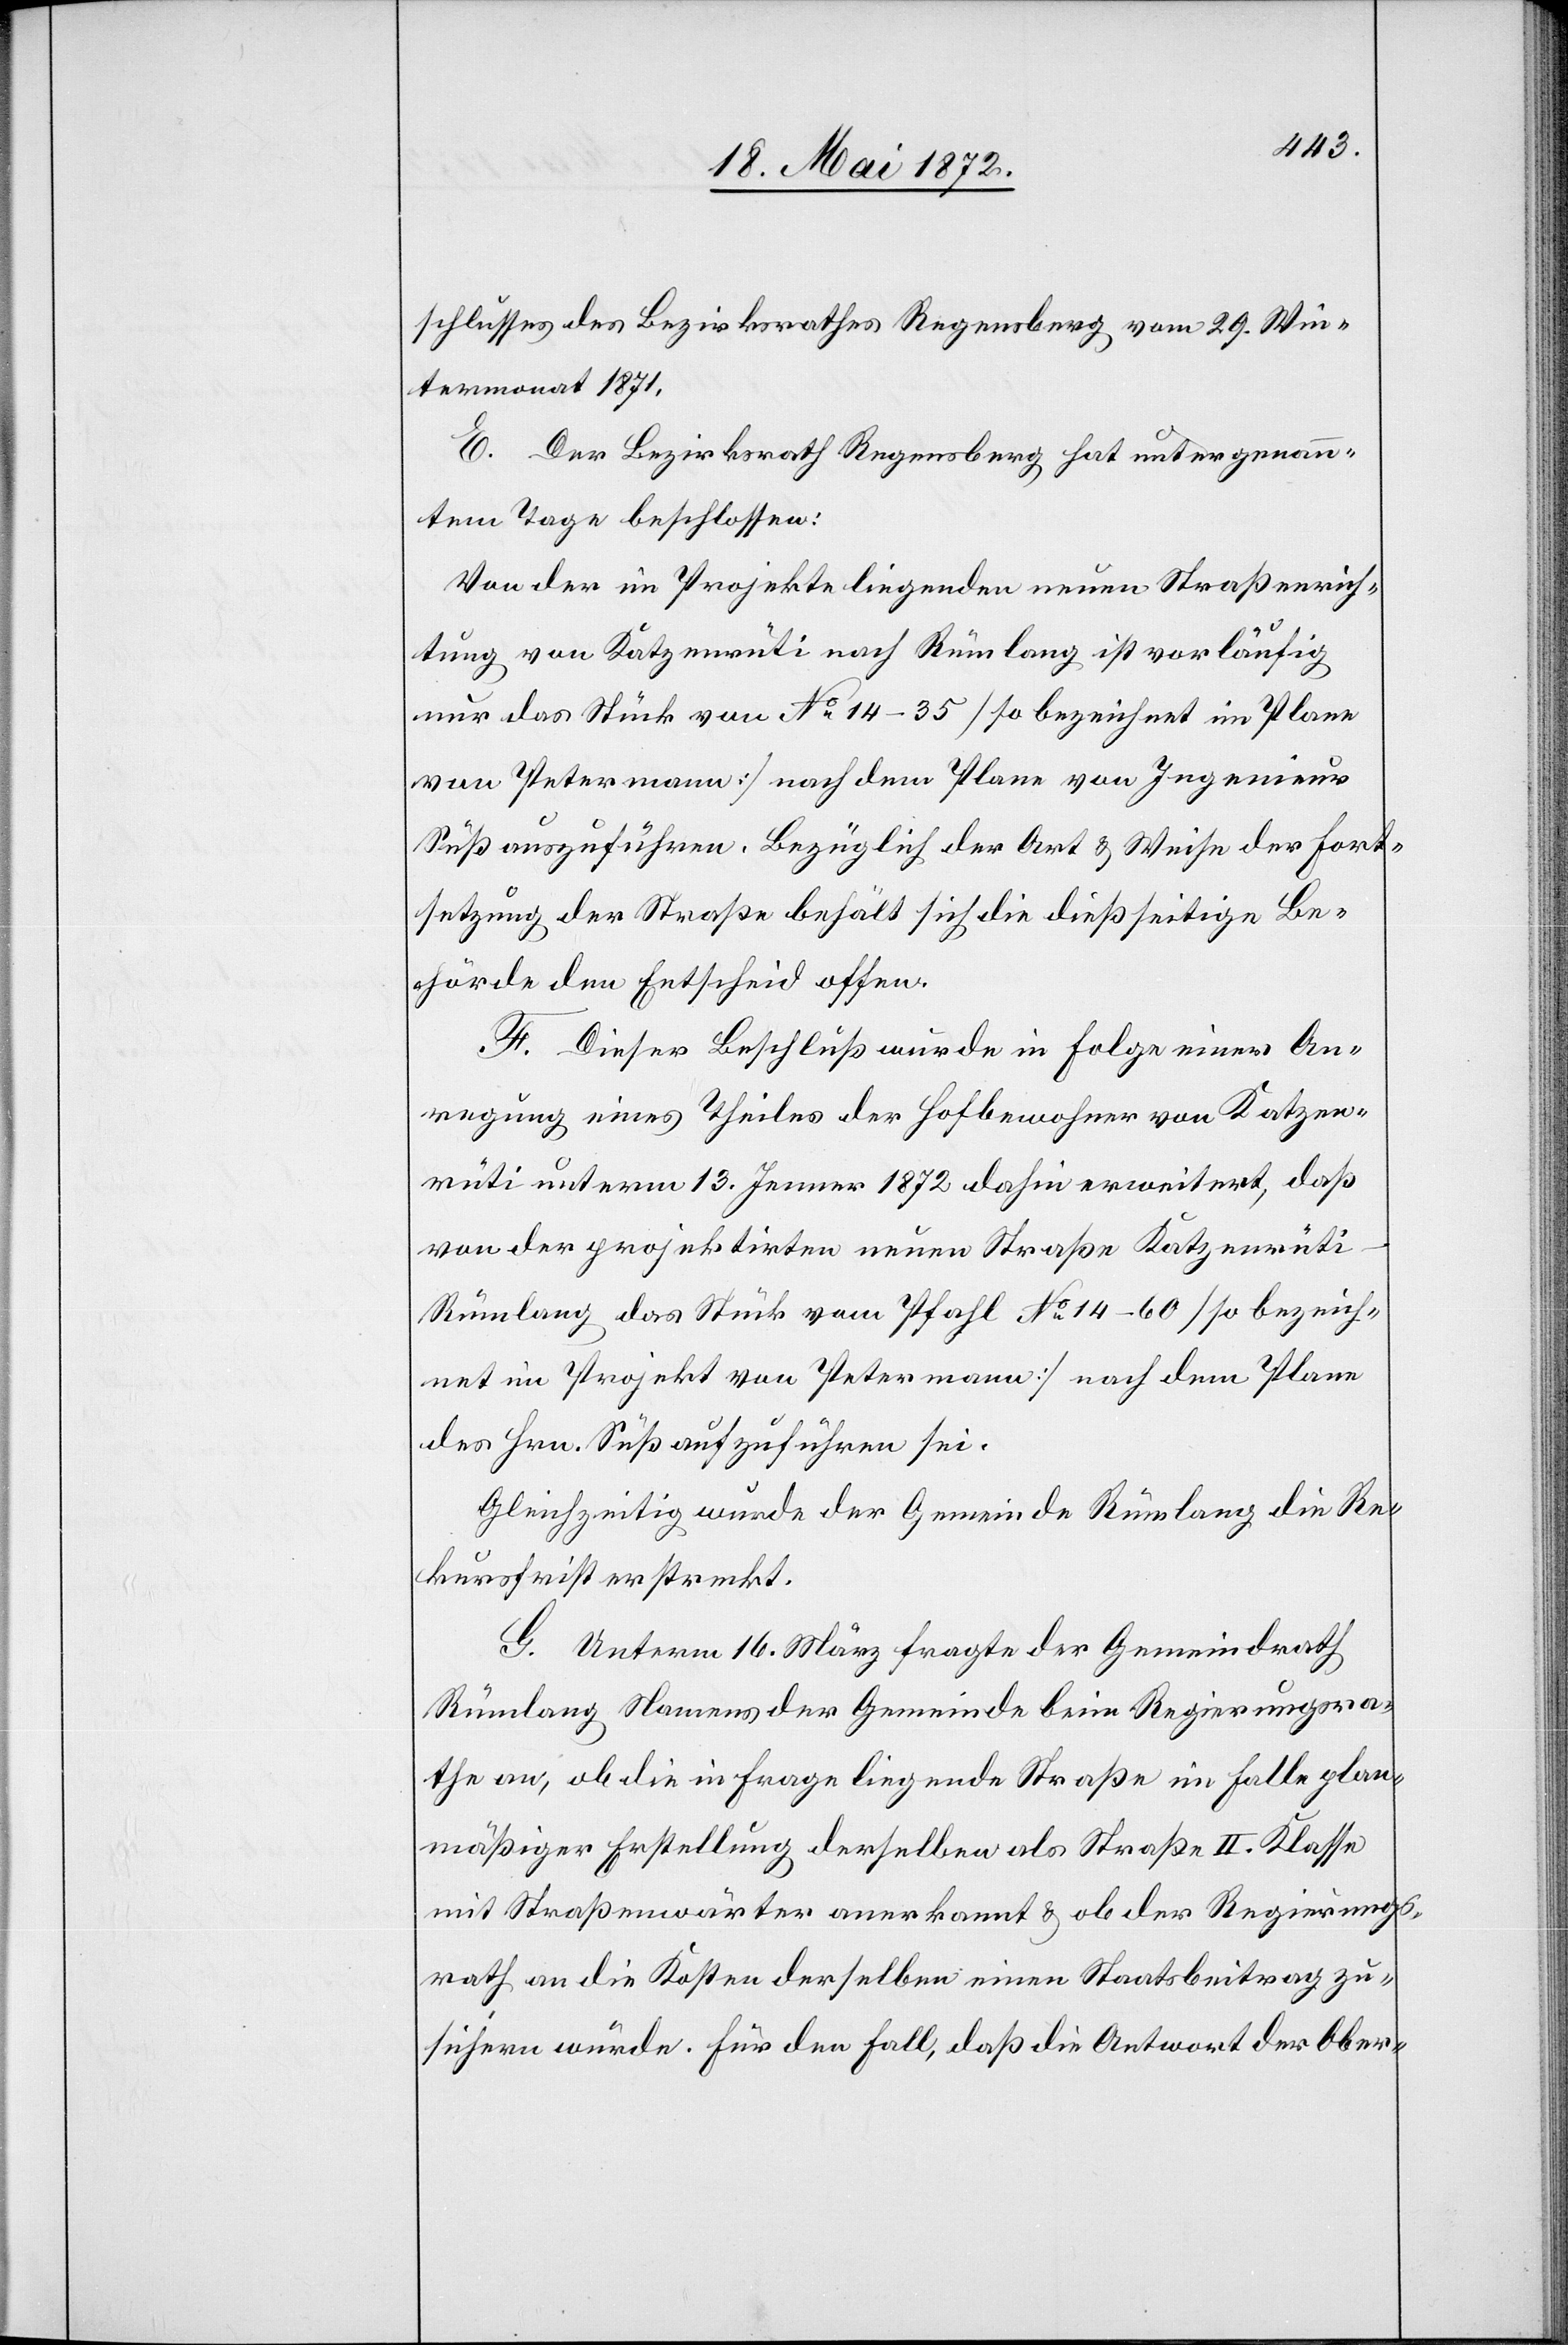
schlusses des Bezirksrathes Regensberg vom 29. Win¬
termonat 1871.
E. Der Bezirksrath Regensberg hat unter genan¬
ntem Tage beschlossen:
Von der im Projekte liegenden neuen Straßenrich¬
tung von Katzenrüti nach Rümlang ist vorläufig
nur das Stück von No 14–35 [so bezeichnet im Plane
von Petermann] nach dem Plane von Ingenieur
Süß auszuführen. Bezüglich der Art u. Weise der Fort¬
setzung der Straße behält sich die dießseitige Be¬
hörde den Entscheid offen.
F. Dieser Beschluß wurde in Folge einer An¬
regung eines Theiles der Hofbewohner von Katzen¬
rüti unterm 13. Jenner 1872 dahin erweitert, daß
von der projektirten neuen Straße Katzenrüt¬
i–Rümlang das Stück vom Pfahl No 14–60 [so bezeich¬
net im Projekt von Petermann] nach dem Plane
des Hrn. Süß aufzuführen sei.
Gleichzeitig wurde der Gemeinde Rümlang die Re¬
kursfrist erstreckt.
G. Unterm 16. März fragte der Gemeindrath
Rümlang Namens der Gemeinde beim Regierungsra¬
the an, ob die in Frage liegende Straße im Falle plan¬
mäßiger Erstellung derselben als Straße II. Klasse
mit Straßenwärter anerkannt u. ob der Regierungs¬
rath an die Kosten derselben einen Staatsbeitrag zu¬
sichern würde. Für den Fall, daß die Antwort der Ober-